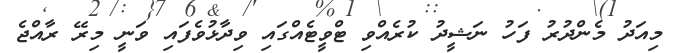
މިއަދު މެންދުރު ފަހު ނަޝީދު ކުރެއްވި ޓްވީޓެއްގައި ވިދާޅުވެފައި ވަނީ މިރޭ ރާއްޖެ